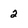
Character: 2